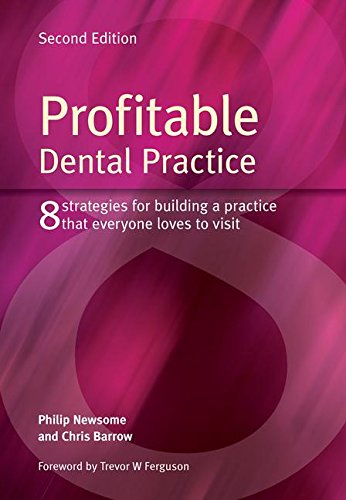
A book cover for Profitable Dental Practice: 8 Strategies for Building a Practice That Everyone Loves to Visit, Second Edition; Philip Newsome; Medical Books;